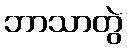
ဘာသာတွဲ